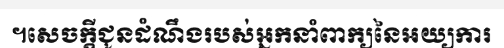
។សេចក្តីជូនដំណឹងរបស់អ្នកនាំពាក្យនៃអយ្យការ